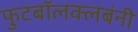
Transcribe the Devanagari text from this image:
फुटबॉलक्लबंनी